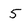
Character: 5